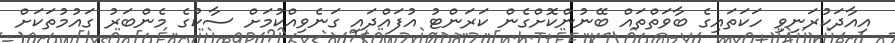
އިއާދަކުރަނިވި ހަކަތައިގެ ބާވަތްތައް ބޭނުންކޮށްގެން ކަރަންޓު އުފައްދައި ގަނެވިއްކުމަށް ސާކުގެ މެންބަރު ގައުމުތަކަށް